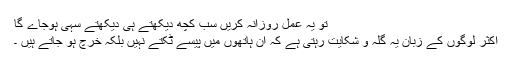
تو یہ عمل روزانہ کریں سب کچھ دیکھتے ہی دیکھتے سہی ہوجاے گا
اکثر لوگوں کے زبان یہ گلہ و شکایت رہتی ہے کہ ان ہاتھوں میں پیسے ٹکتے نہیں بلکہ خرچ ہو جاتے ہیں ۔